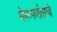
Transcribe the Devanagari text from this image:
मेरूपर्वताचे